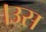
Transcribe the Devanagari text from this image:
।उस